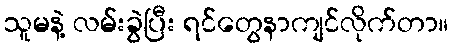
သူမနဲ့ လမ်းခွဲပြီး ရင်တွေနာကျင်လိုက်တာ။